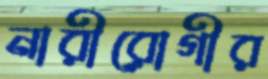
নারীরোগীর